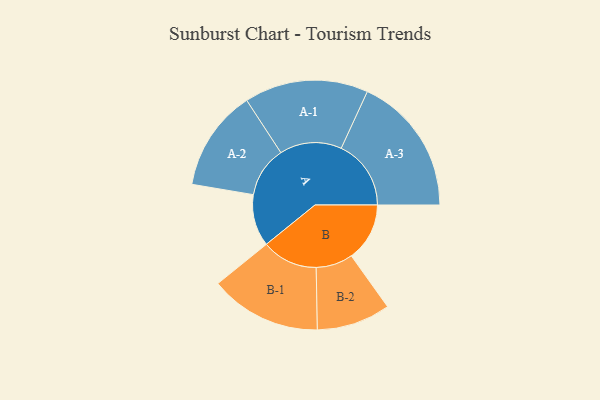
{"axis": {"x": "Segment", "y": "Value"}, "legend": ["", "A", "B"], "data": [{"x": "A", "y": 211, "type": ""}, {"x": "B", "y": 237, "type": ""}, {"x": "A-1", "y": 252, "type": "A"}, {"x": "A-2", "y": 206, "type": "A"}, {"x": "A-3", "y": 284, "type": "A"}, {"x": "B-1", "y": 227, "type": "B"}, {"x": "B-2", "y": 150, "type": "B"}]}